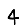
Digit: 4